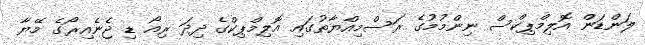
ލަންޑަން އޮލިމްޕިކްސް ނިންމުމުގެ ރަސްމިއްޔާތުގައި އޮލިމްޕިކްގެ ދިދަ ރިއޯ ޑި ޖެނެއިރޯގެ މޭޔާ